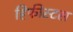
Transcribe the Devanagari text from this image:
हिफीस्टस